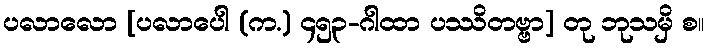
ပလာလော [ပလာပေါ (က.) ၄၅၃-ဂါထာ ပဿိတဗ္ဗာ] တု ဘုသမှိ စ။